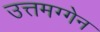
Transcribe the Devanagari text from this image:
उत्तमग्गेन